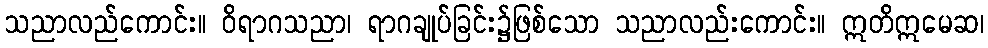
သညာလည်ကောင်း။ ဝိရာဂသညာ၊ ရာဂချုပ်ခြင်း၌ဖြစ်သော သညာလည်းကောင်း။ ဣတိဣမေဆ၊